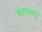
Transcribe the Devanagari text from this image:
खेळाडूंकढे